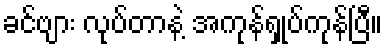
ခင်ဗျား လုပ်တာနဲ့ အကုန်ရှုပ်ကုန်ပြီ။